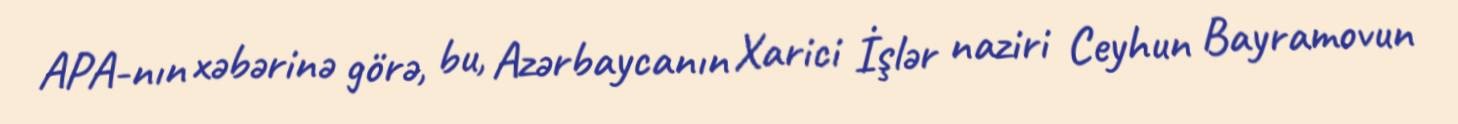
APA-nın xəbərinə görə, bu, Azərbaycanın Xarici İşlər naziri Ceyhun Bayramovun